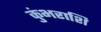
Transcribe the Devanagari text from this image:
कुंभराशि